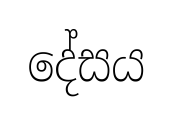
දේසය